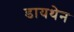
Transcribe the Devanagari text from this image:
डायथेन